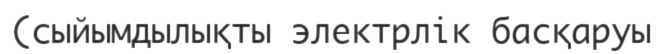
(сыйымдылықты электрлік басқаруы